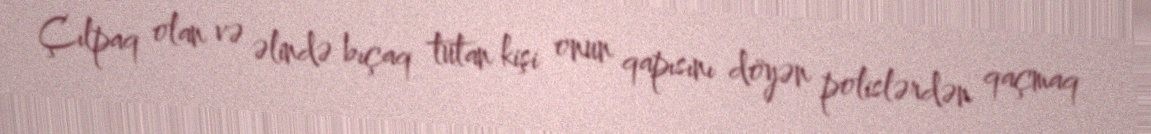
Çılpaq olan və əlində bıçaq tutan kişi onun qapısını döyən polislərdən qaçmaq